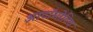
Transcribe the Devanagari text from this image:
आटॉमोटिव